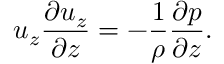
u _ { z } \frac { \partial u _ { z } } { \partial z } = - \frac { 1 } { \rho } \frac { \partial p } { \partial z } .